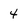
Character: 4